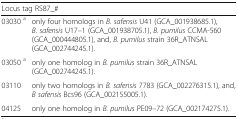
<table><thead><tr><td colspan="2"><b>Locus tag RS87_#</b></td></tr></thead><tbody><tr><td>03030 <sup>a</sup></td><td>only four homologs in <i>B. safensis</i> U41 (GCA_001938685.1), <i>B. safensis</i> U17–1 (GCA_001938705.1), <i>B. pumilus</i> CCMA-560 (GCA_000444805.1), and, <i>B. pumilus</i> strain 36R_ATNSAL (GCA_002744245.1).</td></tr><tr><td>03050 <sup>a</sup></td><td>only one homolog in <i>B. pumilus</i> strain 36R_ATNSAL (GCA_002744245.1).</td></tr><tr><td>03110</td><td>only two homologs in <i>B. safensis</i> 7783 (GCA_002276315.1), and, <i>B safensis</i> Bcs96 (GCA_002155005.1).</td></tr><tr><td>04125</td><td>only one homolog in <i>B. pumilus</i> PE09–72 (GCA_002174275.1).</td></tr></tbody></table>